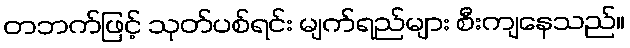
တဘက်ဖြင့် သုတ်ပစ်ရင်း မျက်ရည်များ စီးကျနေသည်။